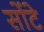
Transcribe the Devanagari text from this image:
सोंटे